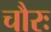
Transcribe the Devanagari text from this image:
चौरः